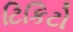
ટિકિટો